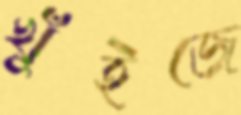
খুঁইজে